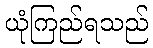
ယုံကြည်ရသည်